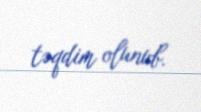
təqdim olunub.